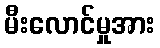
မီးလောင်မှုအား